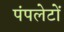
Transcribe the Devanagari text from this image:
पंपलेटों